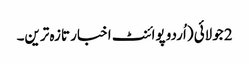
2 جولائی (اُردو پوائنٹ اخبار تازہ ترین۔